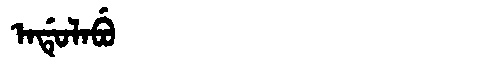
Manchu: ᠠᡩᡠᠯᠠᠪᡠ
Romanization: ADULABU